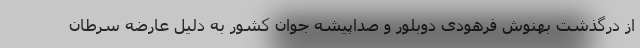
از درگذشت بهنوش فرهودی دوبلور و صداپیشه جوان کشور به دلیل عارضه سرطان